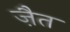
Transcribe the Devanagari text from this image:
ज़ैत